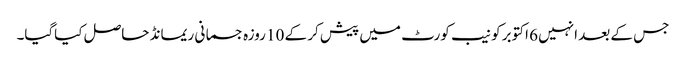
جس کے بعد انہیں 6 اکتوبر کو نیب کورٹ میں پیش کر کے 10 روزہ جسمانی ریمانڈ حاصل کیاگیا۔